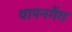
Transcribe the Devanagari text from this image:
थापनगैंग